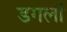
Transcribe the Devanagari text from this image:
डगलां